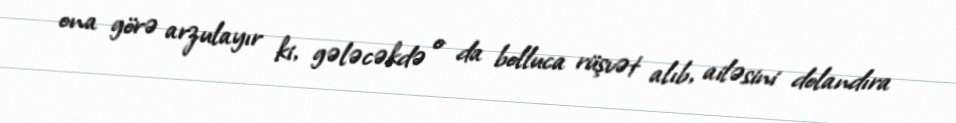
ona görə arzulayır ki, gələcəkdə o da bolluca rüşvət alıb, ailəsini dolandıra